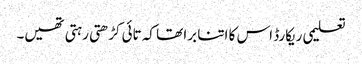
تعلیمی ریکارڈ اس کا اتنا برا تھا کہ تائی کڑھتی رہتی تھیں۔